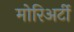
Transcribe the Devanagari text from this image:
मोरिअर्टी